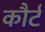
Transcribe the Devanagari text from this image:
कौर्ट